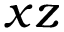
x z